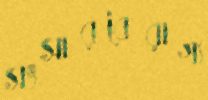
সংসারবৈরাগ্য